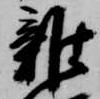
雑